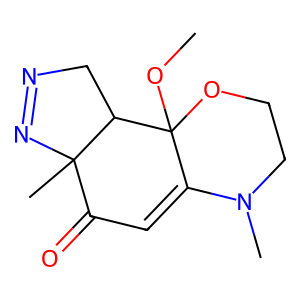
SMILES: COC12OCCN(C)C1=CC(=O)C1(C)N=NCC12
Inhibits HIV replication: No